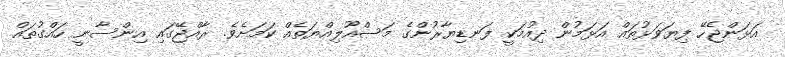
އަޅަންޖެހޭ ފިޔަވަޅުތައް އަޅަމުން ދިއުމަކީ ފަނޑިޔާރުންގެ މަސްއޫލިއްޔަތެއް ކަމަށެވެ. ރާއްޖޭގައި އިންސާނީ ހައްގުތައް